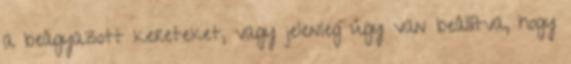
a beágyazott kereteket, vagy jelenleg úgy van beállítva, hogy